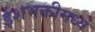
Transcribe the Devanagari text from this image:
ईशभक्तीमध्ये